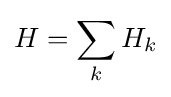
H=\sum _{k}H_{k}